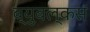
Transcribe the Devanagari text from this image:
ब्युबल्कस